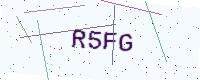
Text: R5FG